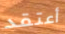
أعتقد